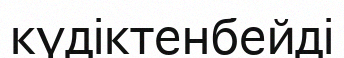
күдіктенбейді